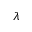
\lambda